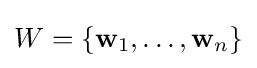
W=\{\mathbf {w} _{1},\ldots ,\mathbf {w} _{n}\}